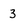
Character: 3